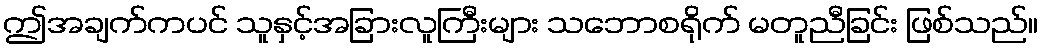
ဤအချက်ကပင် သူနှင့်အခြားလူကြီးများ သဘောစရိုက် မတူညီခြင်း ဖြစ်သည်။